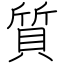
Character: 質